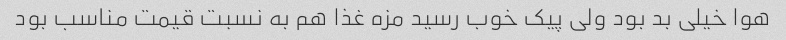
هوا خیلی بد بود ولی پیک خوب رسید مزه غذا هم به نسبت قیمت مناسب بود